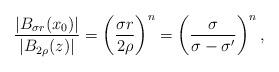
LaTeX: \begin{align*}\frac{|B_{\sigma r}(x_0)|}{|B_{2\rho}(z)|} = \left(\frac{\sigma r}{2\rho}\right)^{n} = \left(\frac{\sigma}{\sigma-\sigma'}\right)^{n},\end{align*}